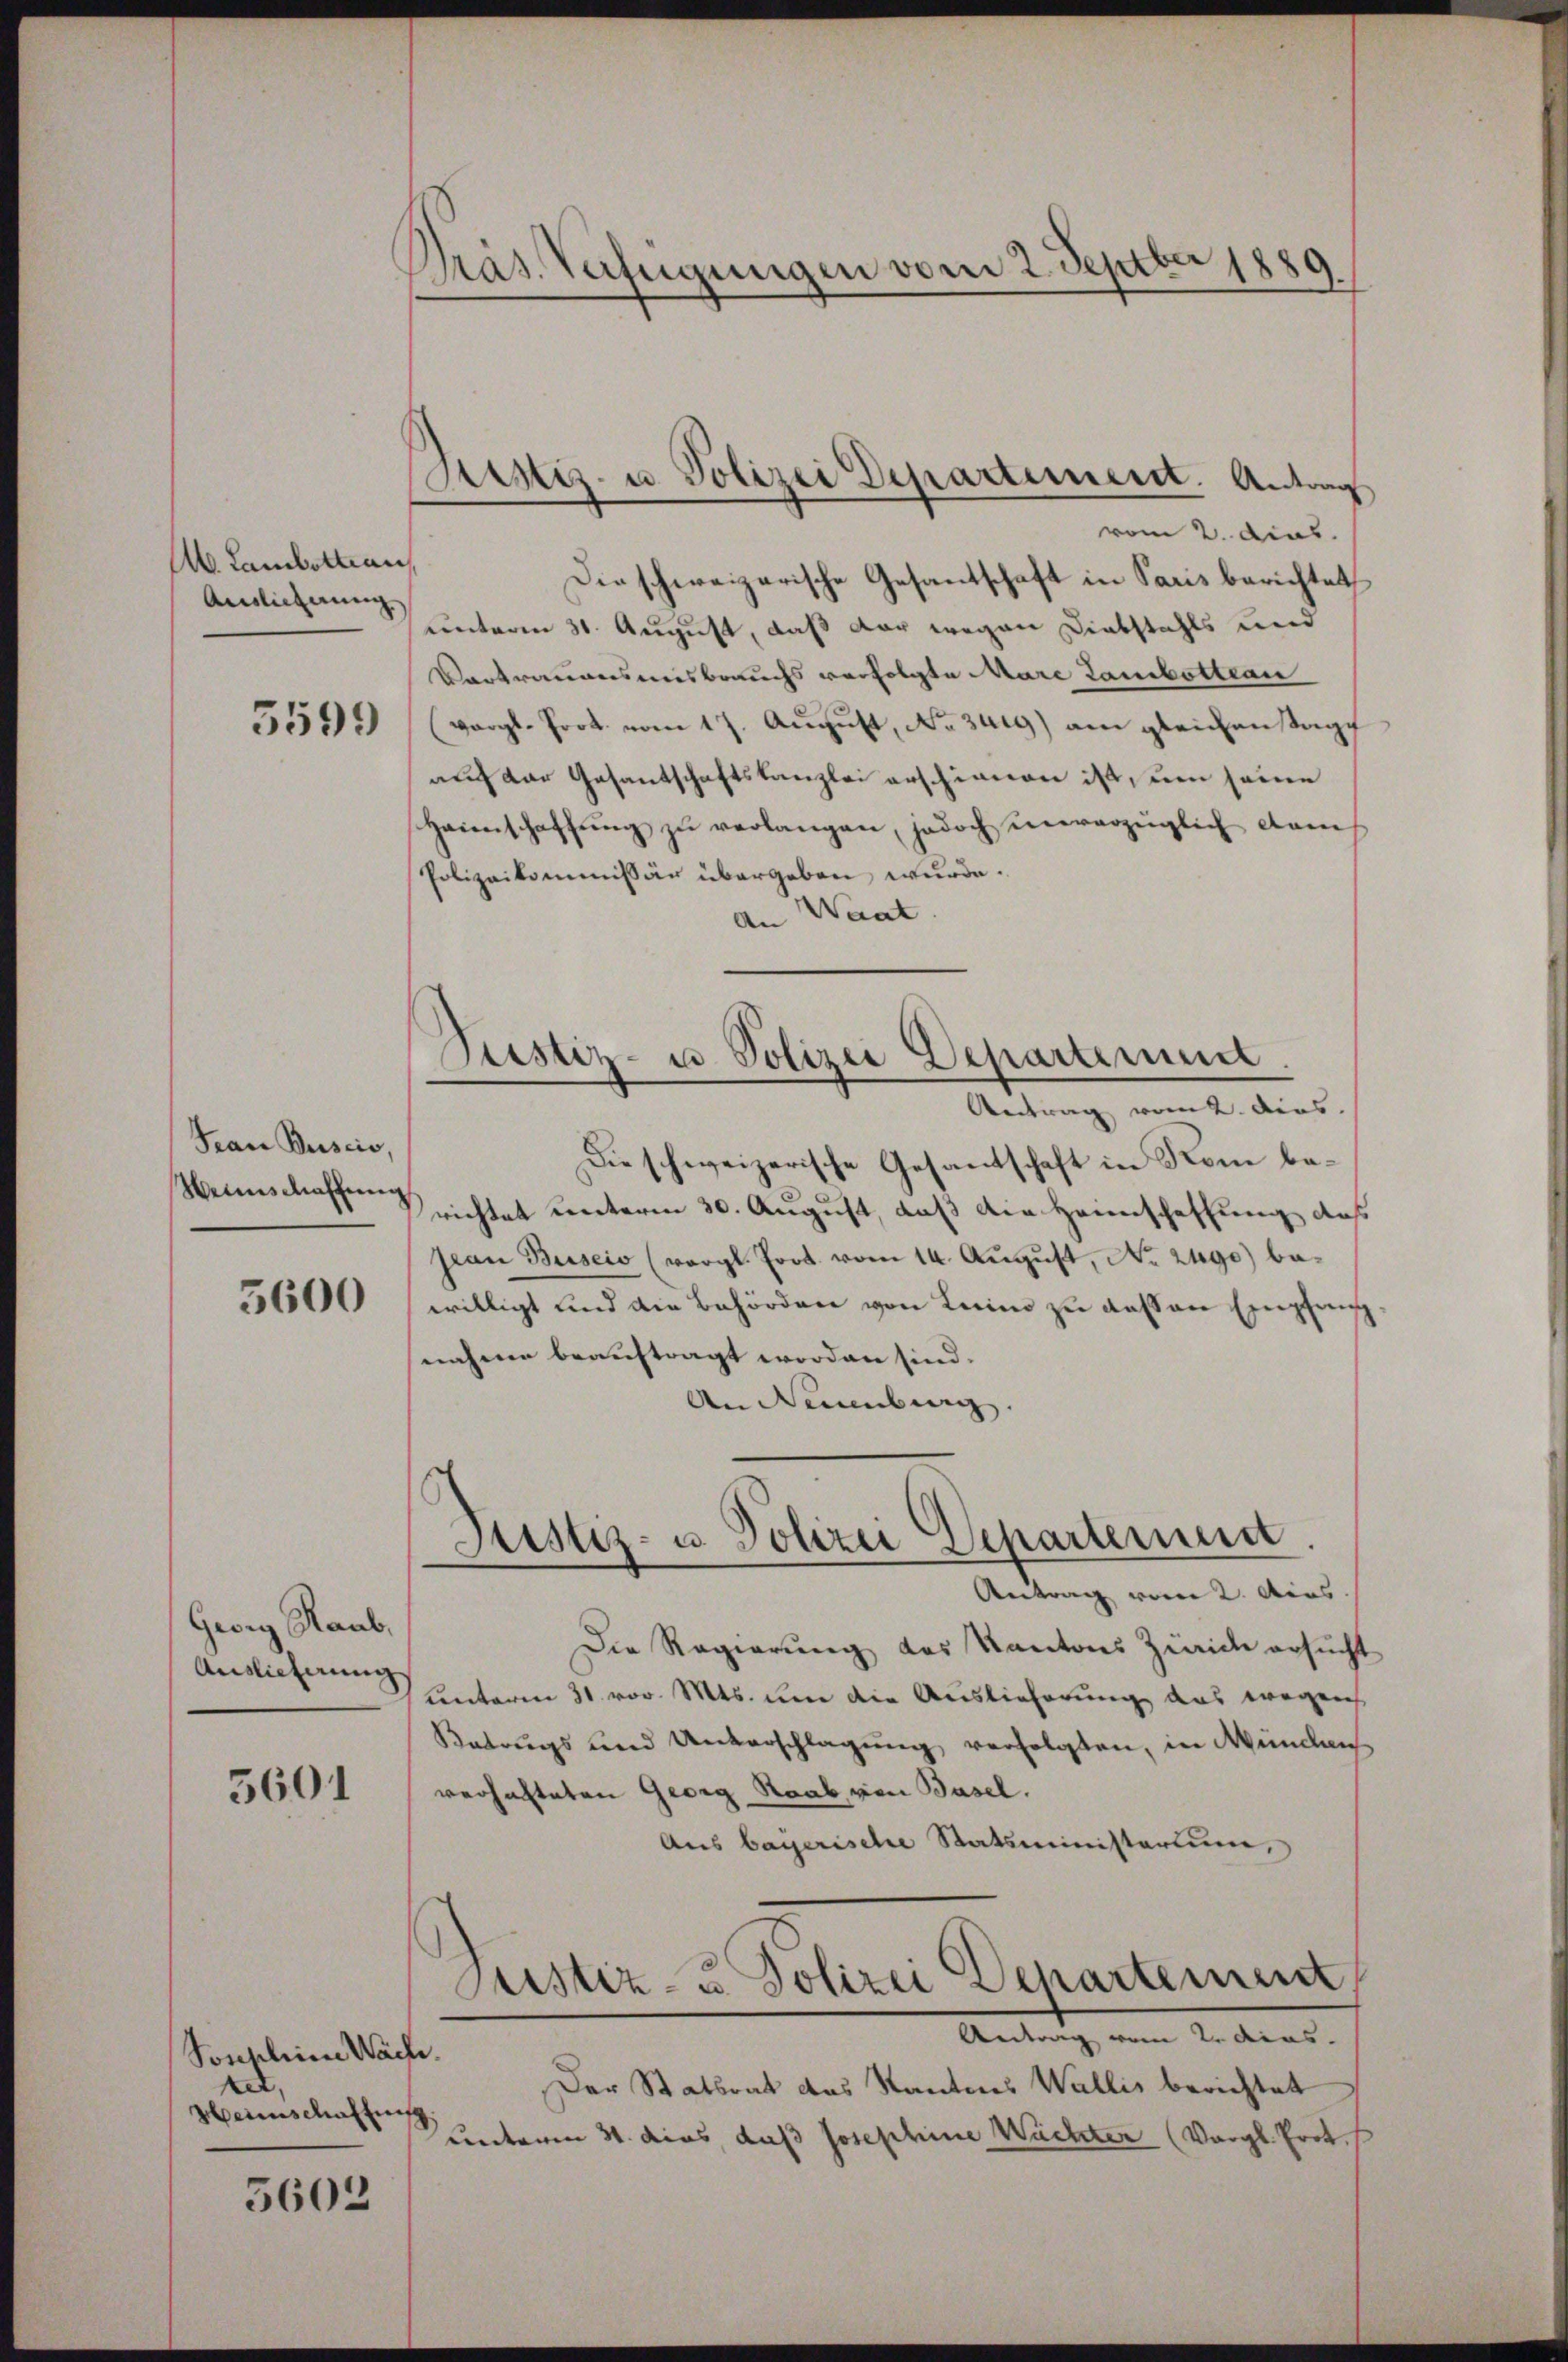
A. Lambottan
Ainlicherung

5599

Frau Buscio,
Weinschaffung

5600

Gwig Raub,
Auslieferung

5601

Sonstem Wache.
e
Heimschaffung

5603

Präs. Verfügungen vom 2. Septber 1889
.

Die schweizerische Gesantschaft in Paris berichtet
unterm 31. August, daß der wegen Diebstahls und
Vertrauensmisbrauchs verfolgte Mare Lamibottean
(vergl. Prot. vom 17. August, No. 3419) am gleichenstage
auch der Gesantschaftskanzlei erschienen ist, um seine
Heienschaffŭng zŭ verlangen, jedoch unverzüglich dam
Polizeikommissär übergeben wurde.
An Waat
Antrag vom 2. dies
Die schweizerische Gesantschaft in Kom berichtet unterm 30. August, daß die Heimschaffung das
jean Buscio (vergl. Prot. vom 14. Aŭgŭst No. 2490) bewilligt und die Behörden von Leim zu dessen Empfang
nahme beauftragt worden sind.
An demübing
Justiz- u. Polizei Departement.
Antrag vom 2. Ains.
Die Regierung des Kantons Zürich ersucht
unterm 31. vor. Mts. um die Auslieferung das wegens
Betrugs und Unterschlagung verfolgten, in Münden
verhalteten Georg Raab von Basel.
Aus bayerische Statsministerium,
Justiz- u. Polizei Departement
Antrag vom 2. dies
Der Statsrat das Kantons Wallis berichtet
Lnterm 31. dies, daß Josephine Wachter (Vergl. Prot.

Sistiz- u. Polizei Departement. Antrag
vom 2. dies

Justiz- u. Polizei Departement